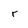
Character: r